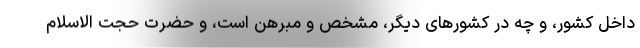
داخل کشور، و چه در کشورهای دیگر، مشخص و مبرهن است، و حضرت حجت الاسلام